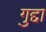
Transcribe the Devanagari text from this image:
गुद्दा